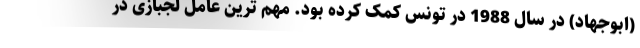
(ابوجهاد) در سال 1988 در تونس کمک کرده بود. مهم ترین عامل لجبازی در